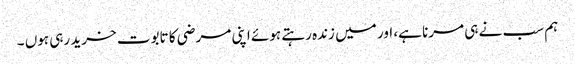
ہم سب نے ہی مرنا ہے، اور میں زندہ رہتے ہوئے اپنی مرضی کا تابوت خرید رہی ہوں ۔